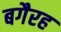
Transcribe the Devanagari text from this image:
बगैरह